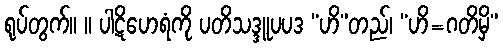
ရုပ်တွက်။ ။ ပါဋိဟေရံကို ပတိသဒ္ဒူပပဒ “ဟိ”တည်၊ “ဟိ=ဂတိမှိ”